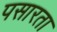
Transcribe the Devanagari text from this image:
पसारता